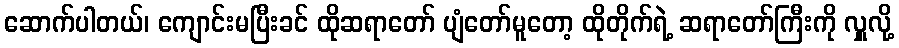
ဆောက်ပါတယ်၊ ကျောင်းမပြီးခင် ထိုဆရာတော် ပျံတော်မူတော့ ထိုတိုက်ရဲ့ ဆရာတော်ကြီးကို လှူလို့